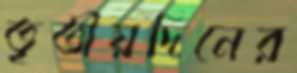
তৃতীয়দিনের